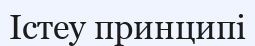
Істеу принципі